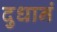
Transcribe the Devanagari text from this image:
दुधानं